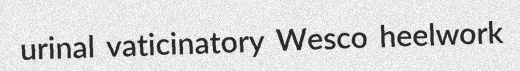
urinal vaticinatory Wesco heelwork